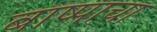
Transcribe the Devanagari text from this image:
बाष्पाचा